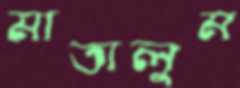
মাতালুম